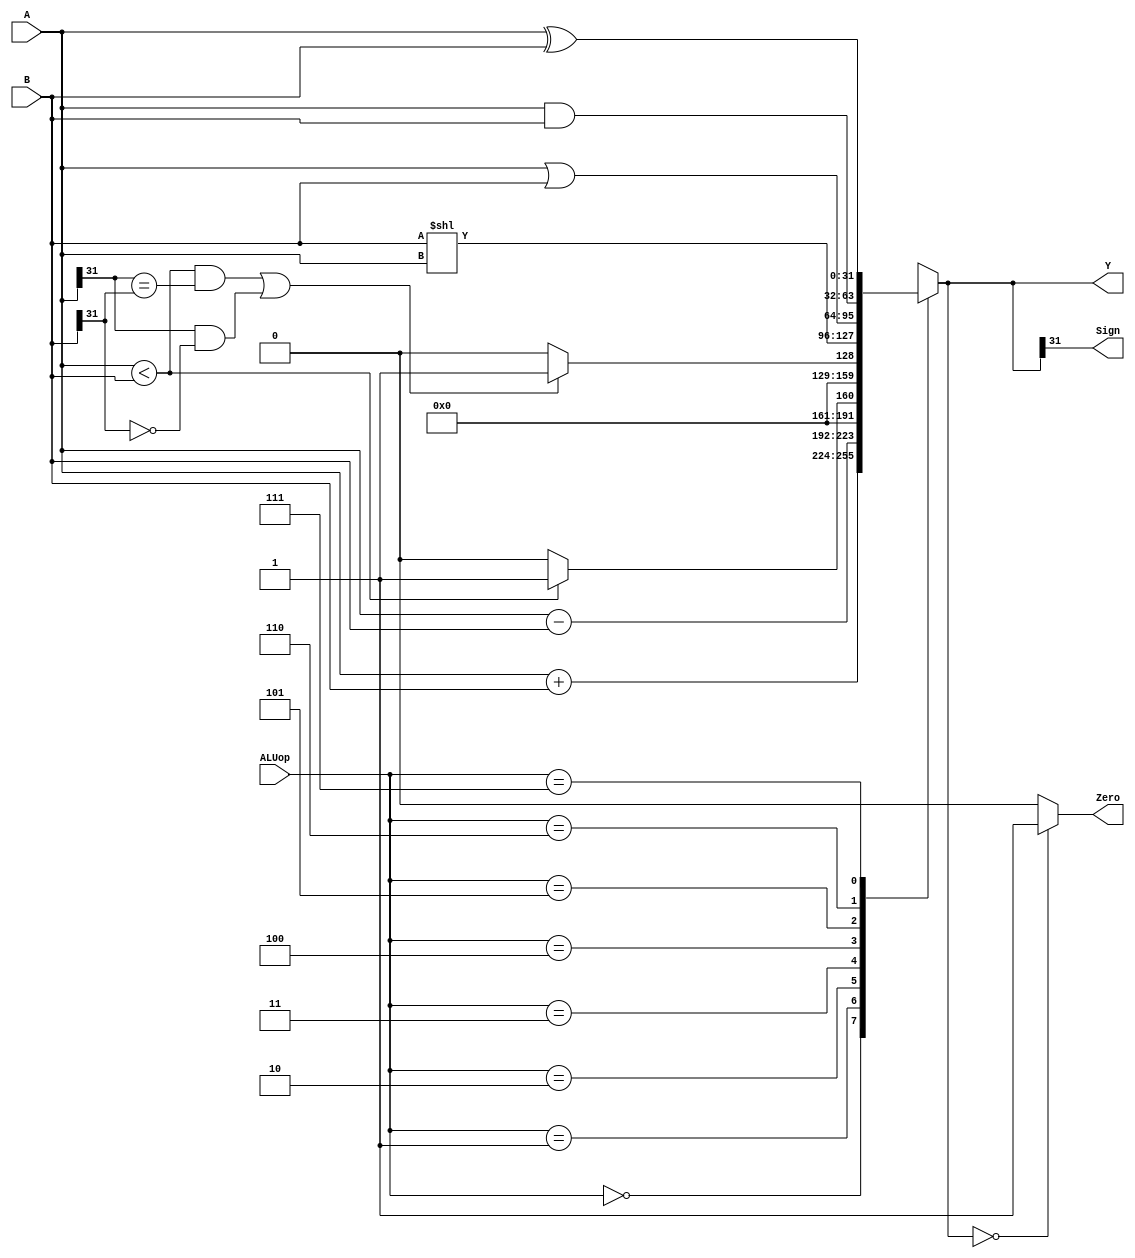
`timescale 1ns / 1ps
//////////////////////////////////////////////////////////////////////////////////
// Company: 
// Engineer: 
// 
// Design Name: 
// Module Name: ALU
// Project Name: 
// Target Devices: 
// Tool Versions: 
// Description: 
// 
// Dependencies: 
// 
// Revision:
// Revision 0.01 - File Created
// Additional Comments:
// 
//////////////////////////////////////////////////////////////////////////////////

module ALU(
    input [31:0] A,     // 
    input [31:0] B,     // 
    input [2:0] ALUop,  // ALU 
    output Zero,        // 010
    output Sign,        // 
    output reg [31:0] Y     // 
    );
    
    always @(ALUop or A or B) begin
        case (ALUop)
            3'b000 : Y = (A + B);
            3'b001 : Y = (A - B);
            3'b010 : Y = (A < B) ? 1 : 0;
            3'b011 : Y = (((A < B) && (A[31] == B[31])) || ((A[31] && !B[31]))) ? 1 : 0;
            3'b100 : Y = (B << A);
            3'b101 : Y = (A | B);
            3'b110 : Y = (A & B);
            3'b111 : Y = (A ^ B);
            default : Y = 0;
        endcase
    end
    
    assign Zero = (Y == 0) ? 1 : 0;
    assign Sign = Y[31];
endmodule